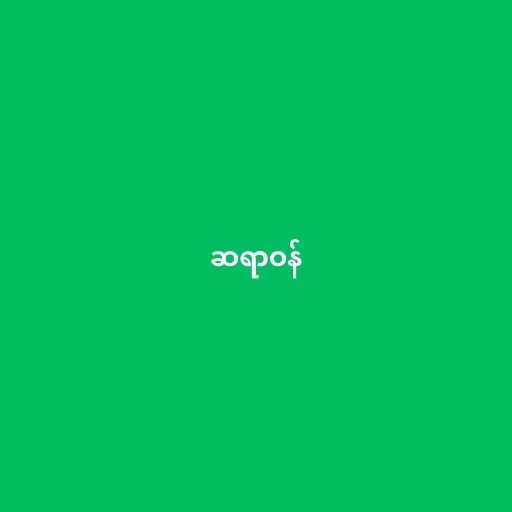
ဆရာဝန်